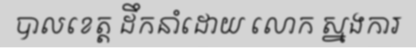
បាលខេត្ត ដឹកនាំដោយ លោក ស្នងការ